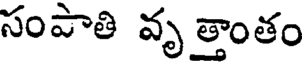
సంపాతి వృత్తాంతం